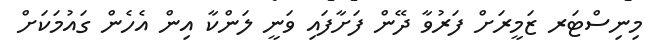
މިނިސްޓަރ ޒަމީރަށް ފަރުވާ ދޭން ފަށާފައި ވަނީ ލަންކާ އިން އެހެން ގައުމަކަށް